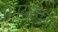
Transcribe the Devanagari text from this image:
फ्रायडेच्या